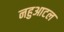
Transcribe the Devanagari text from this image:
नहुआटल